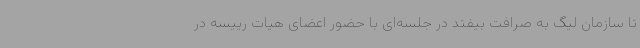
تا سازمان لیگ به صرافت بیفتد در جلسه‌ای با حضور اعضای هیات رییسه در